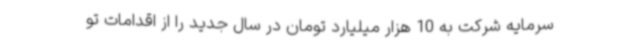
سرمایه شرکت به 10 هزار میلیارد تومان در سال جدید را از اقدامات تو